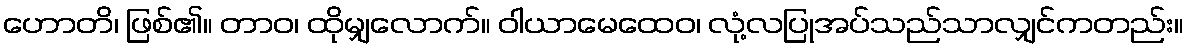
ဟောတိ၊ ဖြစ်၏။ တာဝ၊ ထိုမျှလောက်။ ဝါယာမေထေဝ၊ လုံ့လပြုအပ်သည်သာလျှင်ကတည်း။